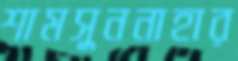
শামসুননাহার